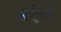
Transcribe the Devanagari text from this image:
नोथ्ब्रूक